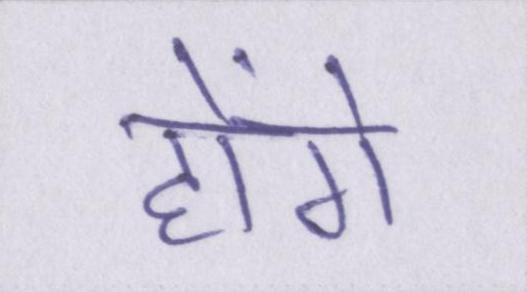
होंगे